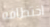
اختطافه